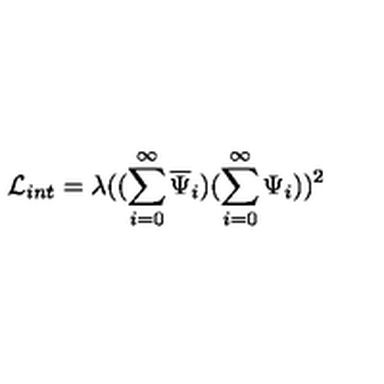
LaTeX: { \cal L } _ { i n t } = \lambda ( ( \sum _ { i = 0 } ^ { \infty } \overline { { \Psi } } _ { i } ) ( \sum _ { i = 0 } ^ { \infty } \Psi _ { i } ) ) ^ { 2 }